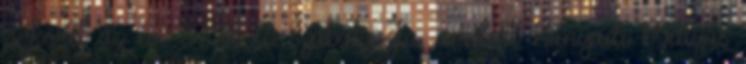
jogkörét az évi I-XII. tc. szabályozta, amelyet Hunyadi Mátyás